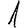
Digit: 1